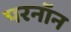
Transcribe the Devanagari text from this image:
परनॉन